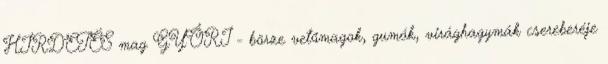
HIRDETÉS mag GYŐRI - börze vetőmagok, gumók, virághagymák csereberéje